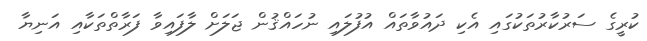
ކުރީގެ ސަރުކާރުތަކުގައި އެކި ދައުވާތައް އުފުލައި ނުހައްޤުން ޖަލަށް ލާފައިވާ ފަރާތްތަކާއި އަނިޔާ